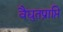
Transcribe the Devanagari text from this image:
वैद्युतप्राप्ति